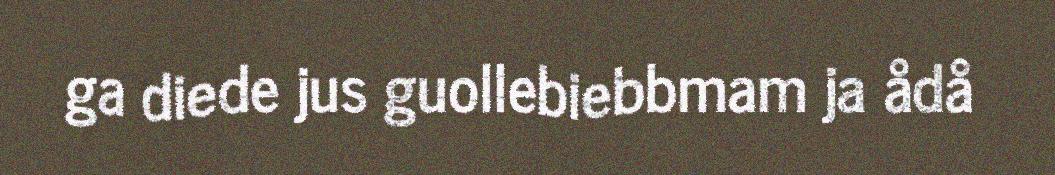
ga diede jus guollebiebbmam ja ådå